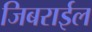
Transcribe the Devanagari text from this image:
जिबराईल